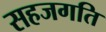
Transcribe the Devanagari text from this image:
सहजगति